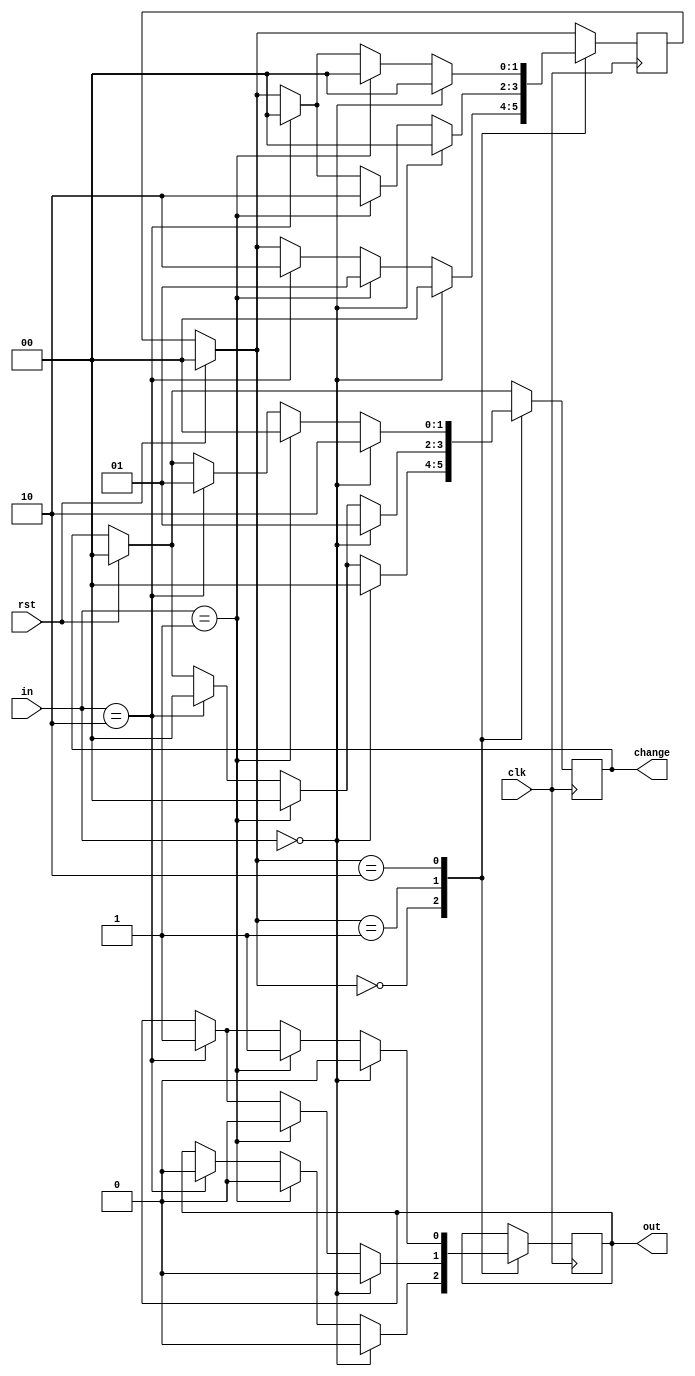
module vending_machine(
input clk, input rst, input [1:0]in, // 01 = 5 rs, 10 = 10 rs
output reg out, output reg[1:0] change
);
parameter s0 = 2'b00;
parameter s1 = 2'b01;
parameter s2 = 2'b10;
reg[1:0] c_state,n_state;
always@ (posedge clk)
begin
if(rst == 1)
begin
c_state = 0;
n_state = 0;
change = 2'b00;
end
else
c_state = n_state;
case(c_state)
s0: //state 0 : 0 rs
if(in == 0)
begin
n_state = s0;
out = 0;
change = 2'b00;
end
else if(in == 2'b01)
begin
n_state = s1;
out = 0;
change = 2'b00;
end
else if(in == 2'b10)
begin
n_state = s2;
out = 0;
change = 2'b00;
end
s1: //state 1 : 5 rs
if(in == 0)
begin
n_state = s0;
out = 0;
change = 2'b01; //change returned 5 rs
end
else if(in == 2'b01)
begin
n_state = s2;
out = 0;
change = 2'b00;
end
else if(in == 2'b10)
begin
n_state = s0;
out = 1;
change = 2'b00;
end
s2: //state 2 : 10 rs
if(in == 0)
begin
n_state = s0;
out = 0;
change = 2'b10;
end
else if(in == 2'b01)
begin
n_state = s0;
out = 1;
change = 2'b00;
end
else if(in == 2'b10)
begin
n_state = s0;
out = 1;
change = 2'b01; //change returned 5 rs and 1 bottle
end
endcase
end
endmodule


module vending_machine_tb;
//inputs
reg clk;
reg[1:0] in;
reg rst;
//output
wire out;
wire[1:0] change;
vending_machine uut(
.clk(clk),
.rst(rst),
.in(in),
.out(out),
.change(change)
);
initial begin
//initialise inputs
$dumpfile("vending_machine_18105070.vcd");
$dumpvars(0,vending_machine_tb);
rst = 1;
clk = 0;
#6 rst = 0;
in = 2;
#19 in = 2;
#25 $finish;
end
always #5 clk = ~clk;
endmodule